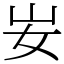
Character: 𡚴